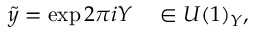
\tilde { y } = \exp 2 \pi i Y \ \ \ \in U ( 1 ) _ { Y } ,